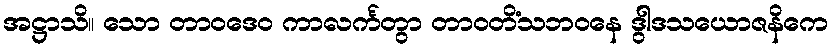
အဋ္ဌာသိ။ သော တာဝဒေဝ ကာလင်္ကတွာ တာဝတိံသဘဝနေ ဒွါဒသယောဇနိကေ